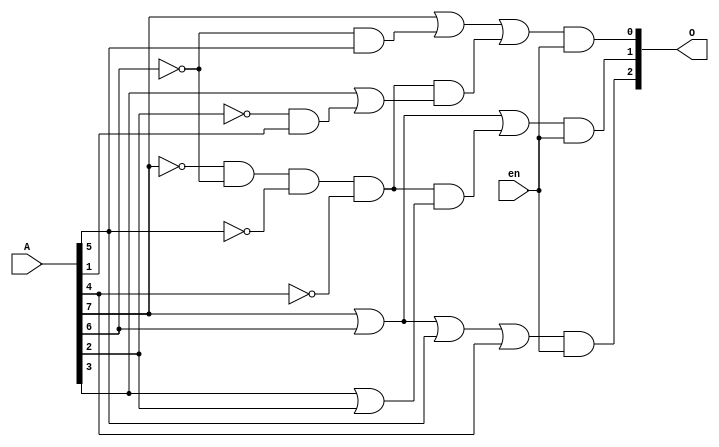
`timescale 1ns / 1ps
//////////////////////////////////////////////////////////////////////////////////
// Company: 
// Engineer: 
// 
// Design Name: 
// Module Name: top_priority_encoder0
// Project Name: 
// Target Devices: 
// Tool Versions: 
// Description: 
// 
// Dependencies: 
// 
// Revision:
// Revision 0.01 - File Created
// Additional Comments:
// 
//////////////////////////////////////////////////////////////////////////////////


module top_priority_encoder0(A,O,en);
  input [7:0]A;
  input en;
  output [2:0]O;
  wire w1,w2,w3,w4,w5,w6,w7,w8;
  wire o_0,o_1,o_2;
  
  /*after simplifying the boolean equations for [2:0]O we finally get these equations and we created them with using 'and','or' and 'not' gates.*/
  
  or(o_2,A[7],A[6],A[5],A[4]);
  and(O[2],o_2,en); 
  
  and(w1,~A[7],~A[6],~A[5],~A[4]);
  or(w2,A[3],A[2]);
  and(w3,w1,w2);
  or(o_1,A[7],A[6],w3);
  and(O[1],o_1,en);
  
  and(w4,~A[6],A[5]);
  and(w5,~A[7],~A[6],~A[5],~A[4]);
  and(w6,~A[2],A[1]);
  or(w7,A[3],w6);
  and(w8,w5,w7);
  or(o_0,A[7],w4,w8);
  and(O[0],o_0,en);
  
endmodule